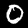
Label: 0